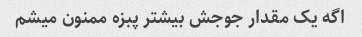
اگه یک مقدار جوجش بیشتر پبزه ممنون میشم